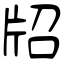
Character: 牊